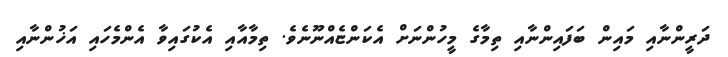
ދަރީންނާއި މައިން ބަފައިންނާއި ތިމާގެ މީހުންނަށް އެކަންޏެއްނޫނެވެ. ތިމާއާއި އެކުގައިވާ އެންމެހައި އަޚުންނާއި